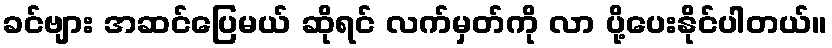
ခင်ဗျား အဆင်ပြေမယ် ဆိုရင် လက်မှတ်ကို လာ ပို့ပေးနိုင်ပါတယ်။